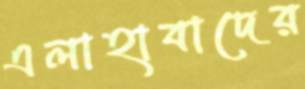
এলাহাবাদের